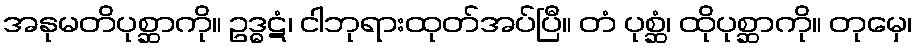
အနုမတိပုစ္ဆာကို။ ဥဒ္ဓဋံ၊ ငါဘုရားထုတ်အပ်ပြီ။ တံ ပုစ္ဆံ၊ ထိုပုစ္ဆာကို။ တုမှေ၊